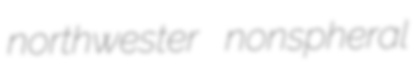
northwester nonspheral